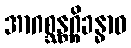
အာဂစ္ဆန္တဂ္ဂိခန္ဓာဝ